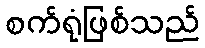
စက်ရုံဖြစ်သည်